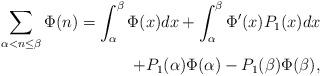
LaTeX: \begin{align*}\sum_{\alpha<n\leq\beta}\Phi(n)=\int_{\alpha}^\beta\Phi(x)dx +\int_{\alpha}^\beta\Phi'(x) P_1(x)dx \\+P_1(\alpha)\Phi(\alpha)-P_1(\beta)\Phi (\beta),\end{align*}